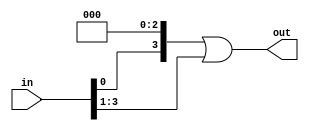
`timescale 1ns/1ps

module right_rot(output [3:0] out, input [3:0] in);
    assign out = (in << 3) | (in >> 1);
    // assign out = {in[0], in[3:1]};
endmodule

module test;
    reg [3:0] in;
    wire [3:0] out;

    right_rot m(out, in);

    initial
    begin
        $monitor(,$time," in=%b out=%b",in,out);
        in=4'b0001;
        #5 in=4'b0010;
        #5 in=4'b1000;
        #10 $finish;
    end
endmodule